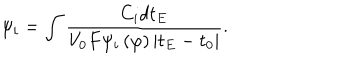
LaTeX: \psi _ { i } = \int \frac { C _ { i } d t _ { E } } { V _ { 0 } F \psi _ { i } \left( \varphi \right) \left| t _ { E } - t _ { 0 } \right| } .